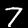
Digit: 7